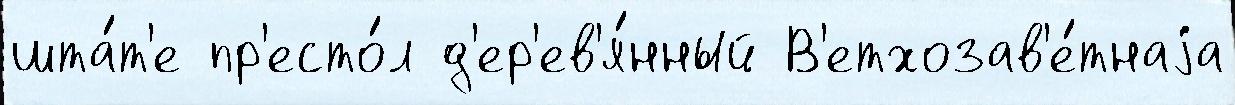
шта́т'е пр'есто́л д'ер'ев'я́нный В'етхозав'е́тнаjа